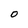
Character: O